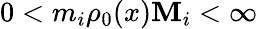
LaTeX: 0<m_{i}\le\rho_{0}(x)\le M_{i}<\infty